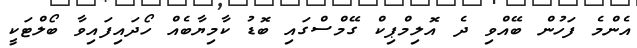
އެންމެ ފަހުން ބޭއްވި ދެ އޮލިމްޕިކް ގޭމްސްގައި ބޮޑު ކާމިޔާބެއް ހޯދައިފައިވާ ބޯލްޓަކީ